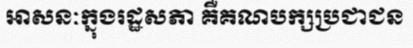
អាសនៈក្នុងរដ្ឋសភា គឺគណបក្សប្រជាជន